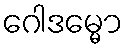
ဂေါဒမ္မော